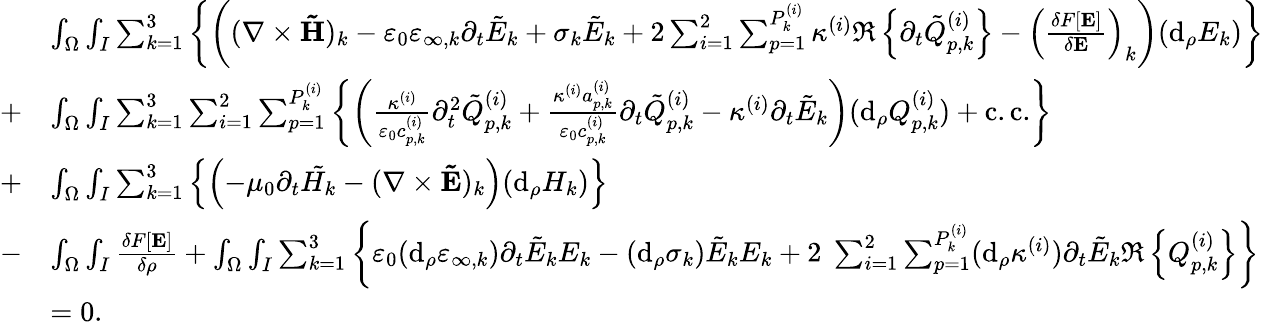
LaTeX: \begin{array}{rl}&{\int_{\Omega}\int_{I}\sum_{k=1}^{3}\left\{ \left((\nabla\times\mathbf{\tilde{H}})_{k}-\varepsilon_{0}\varepsilon_{\infty,k}\partial_{t}\tilde{E}_{k}+\sigma_{k}\tilde{E}_{k}+2\sum_{i=1}^{2}\sum_{p=1}^{P_{k}^{(i)}}\kappa^{(i)}\Re\left\{ \partial_{t}\tilde{Q}_{p,k}^{(i)}\right\} -\left(\frac{\delta F[\mathbf{E}]}{\delta\mathbf{E}}\right)_{k}\right)(\mathrm{d}_{\rho}E_{k})\right\} }\\ {+}&{\int_{\Omega}\int_{I}\sum_{k=1}^{3}\sum_{i=1}^{2}\sum_{p=1}^{P_{k}^{(i)}}\left\{ \left(\frac{\kappa^{(i)}}{\varepsilon_{0}c_{p,k}^{(i)}}\partial_{t}^{2}\tilde{Q}_{p,k}^{(i)}+\frac{\kappa^{(i)}a_{p,k}^{(i)}}{\varepsilon_{0}c_{p,k}^{(i)}}\partial_{t}\tilde{Q}_{p,k}^{(i)}-\kappa^{(i)}\partial_{t}\tilde{E}_{k}\right)(\mathrm{d}_{\rho}Q_{p,k}^{(i)})+\mathrm{c.c.}\right\} }\\ {+}&{\int_{\Omega}\int_{I}\sum_{k=1}^{3}\left\{ \left(-\mu_{0}\partial_{t}\tilde{H_{k}}-(\nabla\times\mathbf{\tilde{E}})_{k}\right)(\mathrm{d}_{\rho}H_{k})\right\} }\\ {-}&{\int_{\Omega}\int_{I}\frac{\delta F[\mathbf{E}]}{\delta\rho}+\int_{\Omega}\int_{I}\sum_{k=1}^{3}\left\{ \varepsilon_{0}(\mathrm{d}_{\rho}\varepsilon_{\infty,k})\partial_{t}\tilde{E}_{k}E_{k}-(\mathrm{d}_{\rho}\sigma_{k})\tilde{E}_{k}E_{k}+2\; \sum_{i=1}^{2}\sum_{p=1}^{P_{k}^{(i)}}(\mathrm{d}_{\rho}\kappa^{(i)})\partial_{t}\tilde{E}_{k}\Re\left\{ Q_{p,k}^{(i)}\right\} \right\} }\\ &{=0.}\end{array}